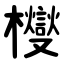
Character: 㰔